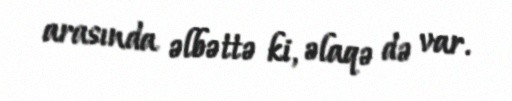
arasında əlbəttə ki, əlaqə də var.